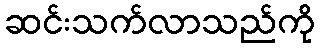
ဆင်းသက်လာသည်ကို